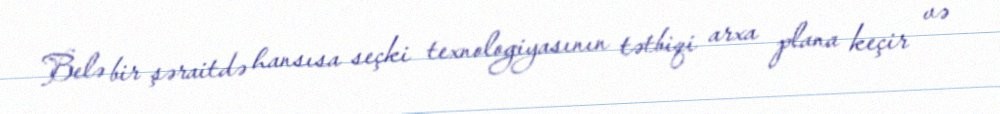
Belə bir şəraitdə hansısa seçki texnologiyasının tətbiqi arxa plana keçir və